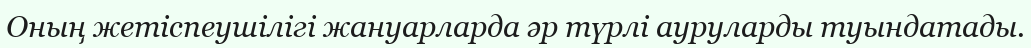
Оның жетіспеушілігі жануарларда әр түрлі ауруларды туындатады.